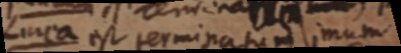
Linea est terminatum imum